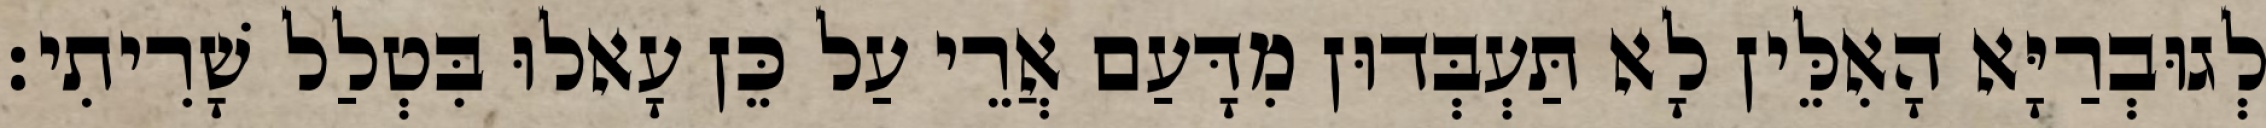
לְגוּבְרַיָּא הָאִלֵּין לָא תַּעְבְּדוּן מִדָּעַם אֲרֵי עַל כֵּן עָאלוּ בִּטְלַל שָׁרִיתִי׃